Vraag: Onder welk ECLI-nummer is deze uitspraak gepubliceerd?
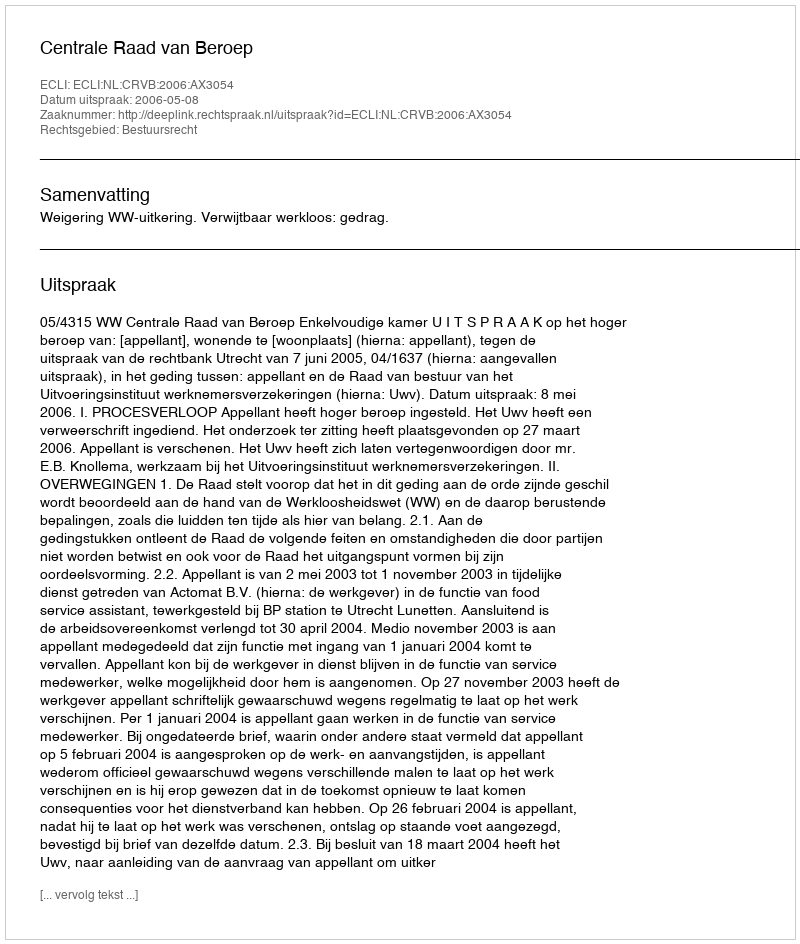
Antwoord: ECLI:NL:CRVB:2006:AX3054